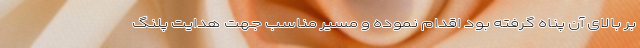
بر بالای آن پناه گرفته بود اقدام نموده و مسیر مناسب جهت هدایت پلنگ